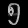
Digit: ၅